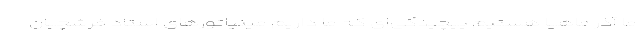
ما آذر ماهیا هستیم پیچیدگی‌ای کـه ما داریم مینیاتورهای استاد فرشچیان